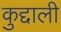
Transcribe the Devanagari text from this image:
कुद्दाली